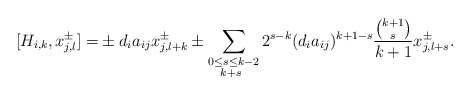
\begin{align*}[H_{i,k}, x_{j,l}^{\pm}]=&\pm d_ia_{ij}x_{j,l+k}^{\pm}\pm\sum_{\substack{0\leq s\leq k-2\\ k+s\ }}2^{s-k}(d_ia_{ij})^{k+1-s}\frac{{ k+1\choose s}}{k+1}x_{j,l+s}^{\pm}.\end{align*}